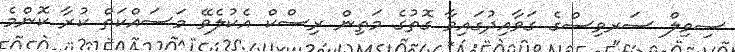
ސިވިލް ސަރވިސްގެ ގަވާއިދުގައިވާ ގޮތުގެ މަތިން ރިސްކް އެކުލެވޭ މަސައްކަތް ކުރާ ކޮންމެ